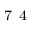
^ \mathrm { ~ 7 ~ 4 ~ }